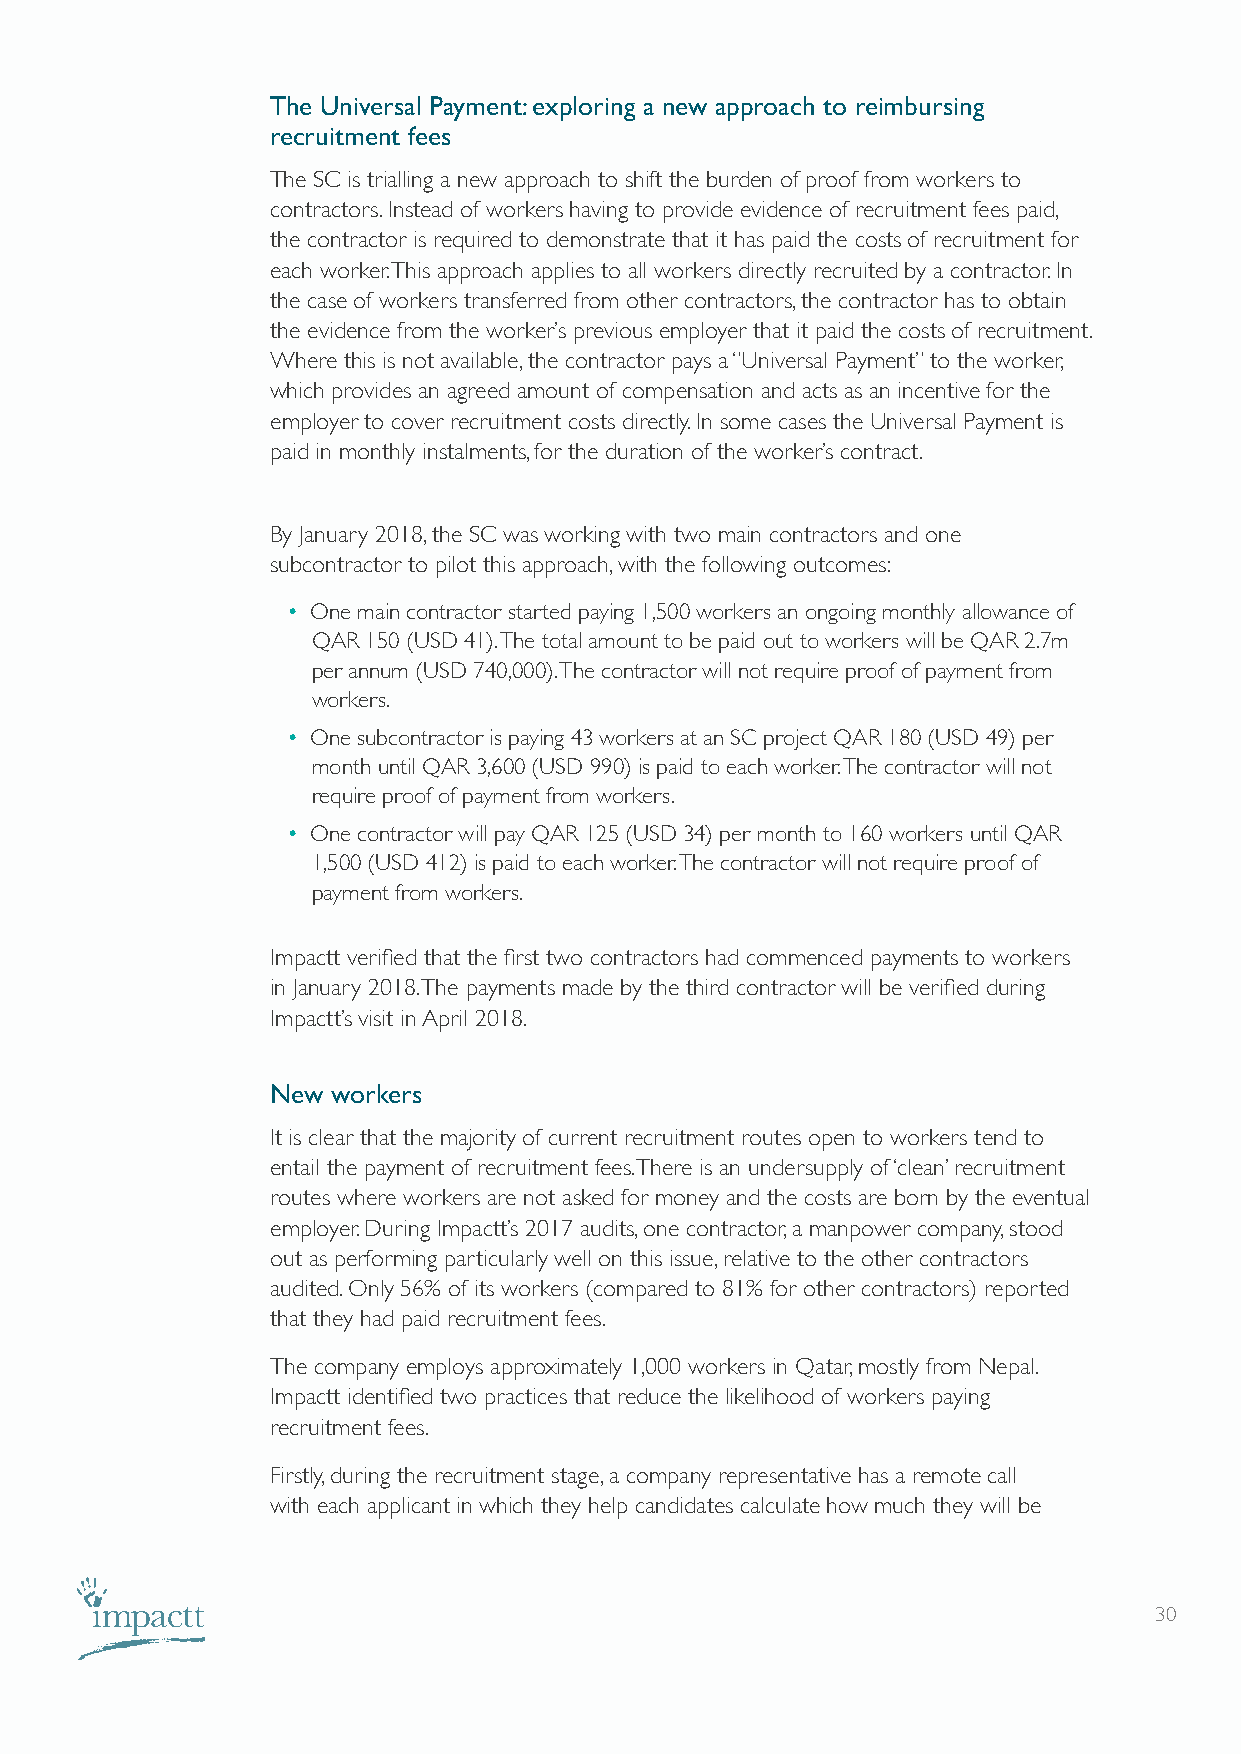
The Universal Payment: exploring a new approach to reimbursing
 recruitment fees
 The SC is trialling a new approach to shift the burden of proof from workers to
 contractors. Instead of workers having to provide evidence of recruitment fees paid,
 the contractor is required to demonstrate that it has paid the costs of recruitment for
 each worker. This approach applies to all workers directly recruited by a contractor. In
 the case of workers transferred from other contractors, the contractor has to obtain
 the evidence from the worker’s previous employer that it paid the costs of recruitment.
 Where this is not available, the contractor pays a “Universal Payment” to the worker,
 which provides an agreed amount of compensation and acts as an incentive for the
 employer to cover recruitment costs directly. In some cases the Universal Payment is
 paid in monthly instalments, for the duration of the worker’s contract.
 By January 2018, the SC was working with two main contractors and one
 subcontractor to pilot this approach, with the following outcomes:
 • One main contractor started paying 1,500 workers an ongoing monthly allowance of
 QAR 150 (USD 41). The total amount to be paid out to workers will be QAR 2.7m
 per annum (USD 740,000). The contractor will not require proof of payment from
 workers.
 • One subcontractor is paying 43 workers at an SC project QAR 180 (USD 49) per
 month until QAR 3,600 (USD 990) is paid to each worker. The contractor will not
 require proof of payment from workers.
 • One contractor will pay QAR 125 (USD 34) per month to 160 workers until QAR
 1,500 (USD 412) is paid to each worker. The contractor will not require proof of
 payment from workers.
 Impactt verified that the first two contractors had commenced payments to workers
 in January 2018. The payments made by the third contractor will be verified during
 Impactt’s visit in April 2018.
 New workers
 It is clear that the majority of current recruitment routes open to workers tend to
 entail the payment of recruitment fees. There is an undersupply of ‘clean’ recruitment
 routes where workers are not asked for money and the costs are born by the eventual
 employer. During Impactt’s 2017 audits, one contractor, a manpower company, stood
 out as performing particularly well on this issue, relative to the other contractors
 audited. Only 56% of its workers (compared to 81% for other contractors) reported
 that they had paid recruitment fees.
 The company employs approximately 1,000 workers in Qatar, mostly from Nepal.
 Impactt identified two practices that reduce the likelihood of workers paying
 recruitment fees.
 Firstly, during the recruitment stage, a company representative has a remote call
 with each applicant in which they help candidates calculate how much they will be
 30